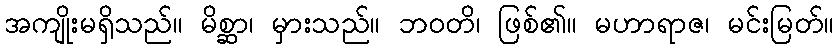
အကျိုးမရှိသည်။ မိစ္ဆာ၊ မှားသည်။ ဘဝတိ၊ ဖြစ်၏။ မဟာရာဇ၊ မင်းမြတ်။